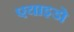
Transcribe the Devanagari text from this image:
एयाइडो